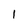
Character: 1